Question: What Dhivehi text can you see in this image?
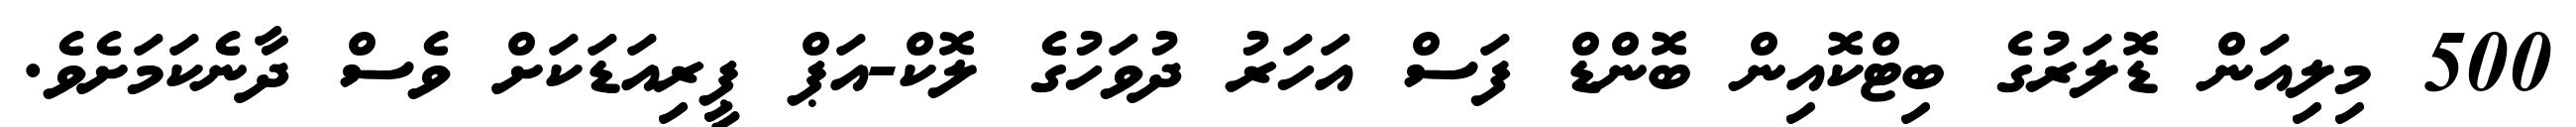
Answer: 500 މިލިއަން ޑޮލަރުގެ ބިޓްކޮއިން ބޮންޑް ފަސް އަހަރު ދުވަހުގެ ލޮކް-އަޕް ޕީރިއަޑަކަށް ވެސް ދާނެކަމަށެވެ.